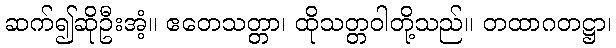
ဆက်၍ဆိုဦးအံ့။ ဧတေသတ္တာ၊ ထိုသတ္တဝါတို့သည်။ တထာဂတဋ္ဌာ၊